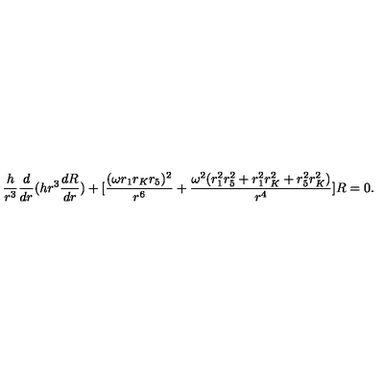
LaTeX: \frac { h } { r ^ { 3 } } \frac { d } { d r } ( h r ^ { 3 } \frac { d R } { d r } ) + [ \frac { ( \omega r _ { 1 } r _ { K } r _ { 5 } ) ^ { 2 } } { r ^ { 6 } } + \frac { \omega ^ { 2 } ( r _ { 1 } ^ { 2 } r _ { 5 } ^ { 2 } + r _ { 1 } ^ { 2 } r _ { K } ^ { 2 } + r _ { 5 } ^ { 2 } r _ { K } ^ { 2 } ) } { r ^ { 4 } } ] R = 0 .